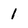
Character: 1